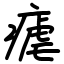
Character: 瘧